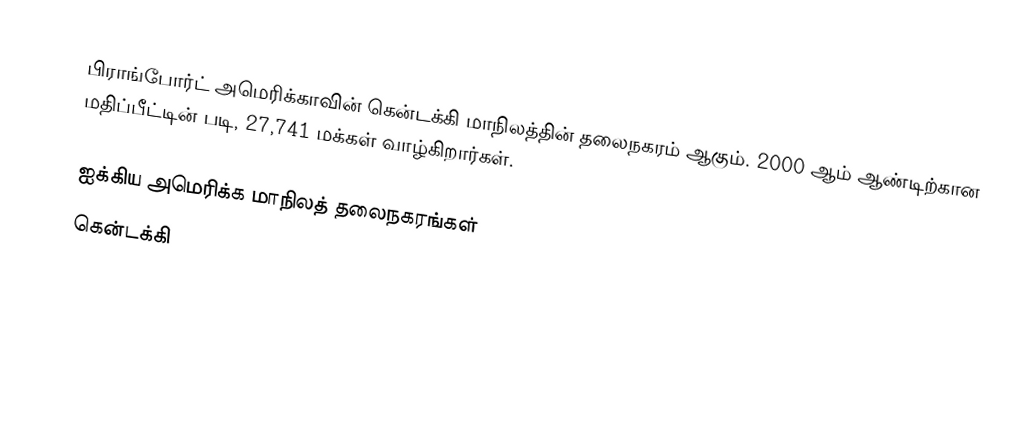
பிராங்போர்ட் அமெரிக்காவின் கென்டக்கி மாநிலத்தின் தலைநகரம் ஆகும். 2000 ஆம் ஆண்டிற்கான மதிப்பீட்டின் படி, 27,741 மக்கள் வாழ்கிறார்கள்.

ஐக்கிய அமெரிக்க மாநிலத் தலைநகரங்கள்
கென்டக்கி